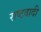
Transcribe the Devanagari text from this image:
राष्टवादी